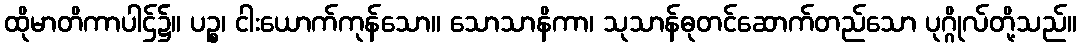
ထိုမာတိကာပါဌ်၌။ ပဉ္စ၊ ငါးယောက်ကုန်သော။ သောသာနိကာ၊ သုသာန်ဓုတင်ဆောက်တည်သော ပုဂ္ဂိုလ်တို့သည်။